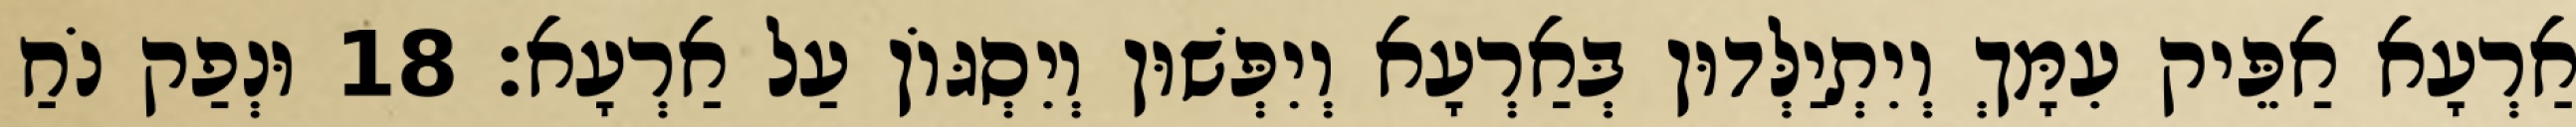
אַרְעָא אַפֵּיק עִמָּךְ וְיִתְיַלְּדוּן בְּאַרְעָא וְיִפְּשׁוּן וְיִסְגּוֹן עַל אַרְעָא׃ 18 וּנְפַק נֹחַ